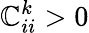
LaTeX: \mathbb{C}_{ii}^{k}>0